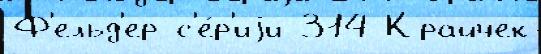
Ф'ельд'ер с'е́р'иjи 314 Крайчек